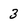
Character: 3